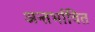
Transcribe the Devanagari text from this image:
अन्तर्भावित